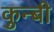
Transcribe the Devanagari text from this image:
कुन्बी